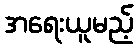
အရေးယူမည့်